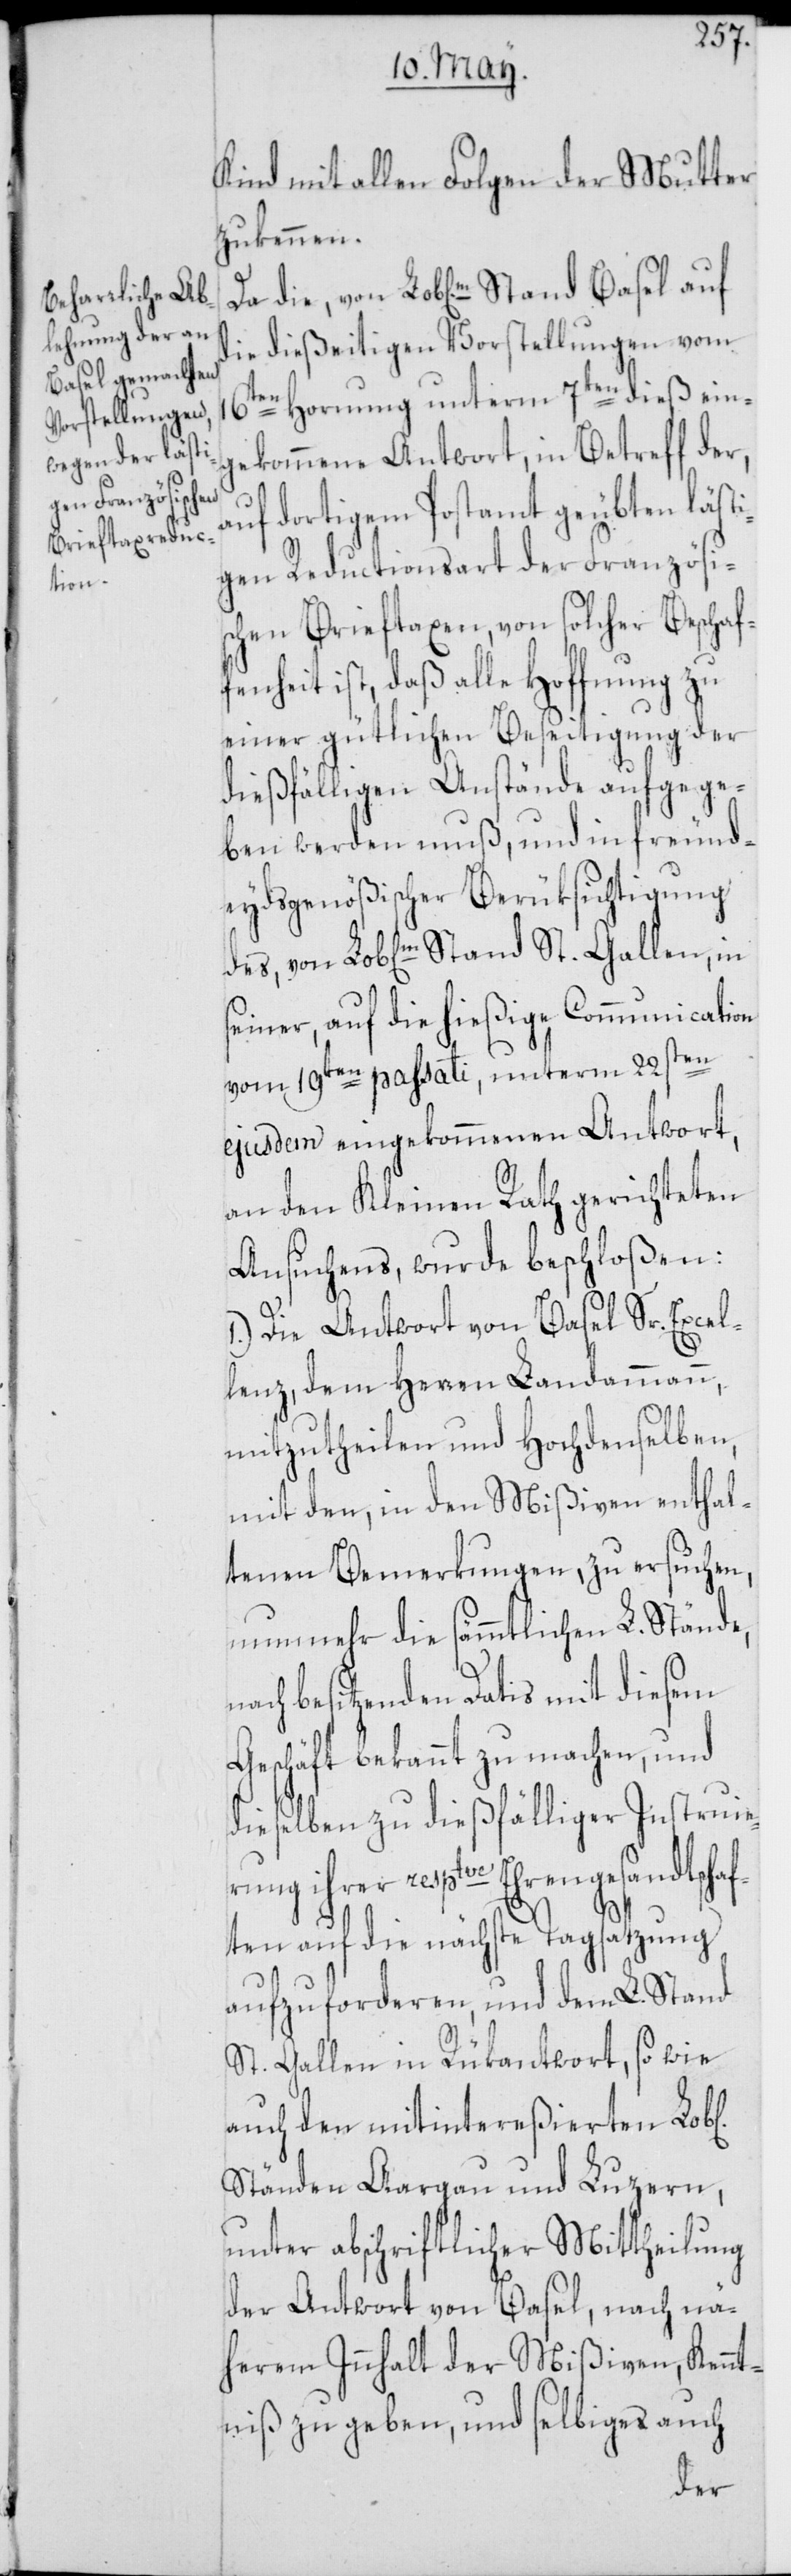
ichen]

Kind mit allen Folgen der Mutter
zukennen.
die dießeitigen Vorstellungen vom
16ten Hornung unterm 7ten dieß ein¬
gekommene Antwort, in Betreff der,
auf dortigem Postamt geübten lästi¬
gen Reductionsart der Französi¬
schen Brieftaxen, von solcher Beschaf¬
fenheit ist, daß alle Hoffnung zu
einer gütlichen Beseitigung der
dießfälligen Anstände aufgege¬
ben werden muß, und in freund¬
eydsgenößischer Berüksichtigung
seiner, auf die hießige Communication
vom 19ten passati, unterm 22sten
ejusdem eingekommenen Antwort,
an den Kleinen Rath gerichteten
Ansuchens, wurde beschloßen:
1.) Die Antwort von Basel Sr. Excel¬
lenz, dem Herren Landammann,
mitzutheilen und Hochdenselben,
mit den, in den Mißiven enthal¬
tenen Bemerkungen, zu ersuchen,
nunmehr die sämmtlichen L. Stände,
ach besitzenden Datis mit diesem
Geschäft bekannt zu machen, und
dieselben zu dießfälliger Instruie¬
rengesandtscha¬
ften auf die nächste Tagsatzung
aufzuforderen, und dem L. Stand
St. Gallen in Rükantwort, so wie
auch den mitintereßierten Lob[l¬
Ständen Aargau und Luzern,
unter abschriftlicher Mittheilung
der Antwort von Basel, nach nä¬
herem Innhalt der Mißiven, Kennt¬
niß zu geben, und selbiges auch